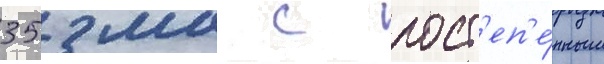
35 мм с пост'еп'е́нным